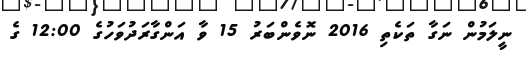
ނީލަމުން ނަގާ ތަކެތި 2016 ނޮވެންބަރު 15 ވާ އަންގާރަދުވަހުގެ 12:00 ގެ